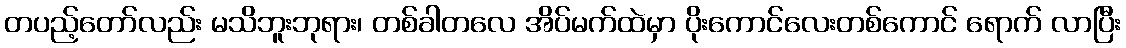
တပည့်တော်လည်း မသိဘူးဘုရား၊ တစ်ခါတလေ အိပ်မက်ထဲမှာ ပိုးကောင်လေးတစ်ကောင် ရောက် လာပြီး